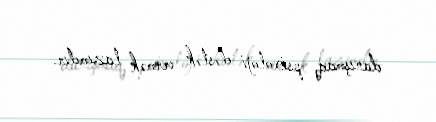
danışmaq, psixoloji dəstək vermək lazımdır.